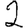
Digit: 2